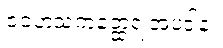
ဇဝဟံသကတ္ထေရ အပဒါန။